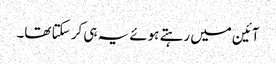
آئین میں رہتے ہوئے یہ ہی کر سکتا تھا۔